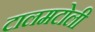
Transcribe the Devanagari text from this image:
टालमटोली